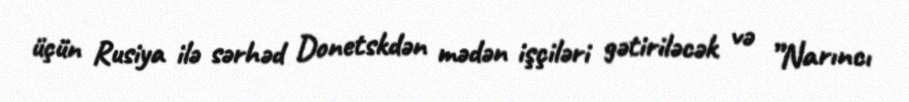
üçün Rusiya ilə sərhəd Donetskdən mədən işçiləri gətiriləcək və ”Narıncı